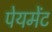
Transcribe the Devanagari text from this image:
पेयमेंट